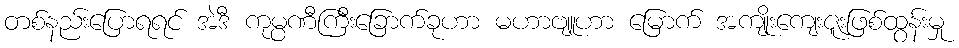
တစ်နည်းပြောရရင် အဲဒီ ကုမ္ပဏီကြီးခြောက်ခုဟာ မဟာဗျူဟာ မြောက် အကျိုးကျေးဇူးဖြစ်ထွန်းမှု